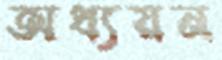
অধ্যয়ন